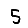
Digit: 5